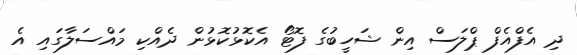
ދި އެފްއެފް ޕްލަސް އިން ޝަހީބުގެ ފޮޓޯ އެކޮޅުކޮޅުން ދެއްކި މައްސަލާގައި އެ